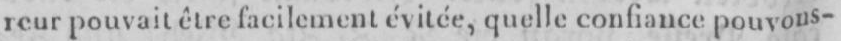
reur pouvait être facilement évitée, quelle confiance pouvons-